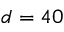
d = 4 0